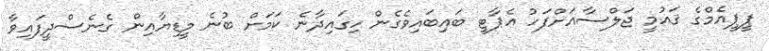
ޕީޕީއެމްގެ ޤައުމީ ޖަލްސާއަށްފަހު އެޕާޓީ ބައިބައިވެގެން ހިގައިދާނެ ކަމަށް ބުނެ މީޑިޔާއިން ގެނެސްދީފައިވާ